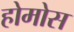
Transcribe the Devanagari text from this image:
होमोस